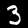
Digit: 3